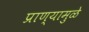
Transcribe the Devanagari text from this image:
प्राण्यामुळे